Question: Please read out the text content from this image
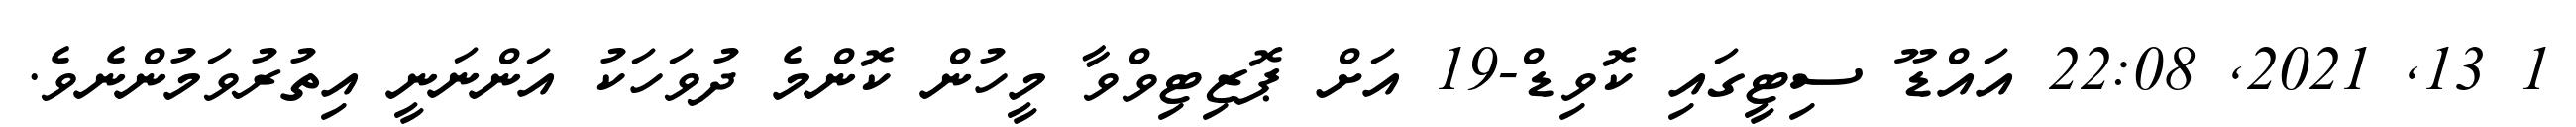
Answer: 1 13, 2021, 22:08 އައްޑޫ ސިޓީގައި ކޮވިޑް-19 އަށް ޕޮޒިޓިވްވާ މީހުން ކޮންމެ ދުވަހަކު އަންނަނީ އިތުރުވަމުންނެވެ.